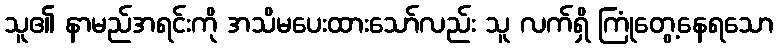
သူ၏ နာမည်အရင်းကို အသိမပေးထားသော်လည်း သူ လက်ရှိ ကြုံတွေ့နေရသော